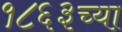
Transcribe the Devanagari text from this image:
१८६३च्या